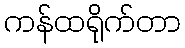
ကန်ထရိုက်တာ